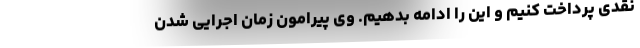
نقدی پرداخت کنیم و این را ادامه بدهیم. وی پیرامون زمان اجرایی شدن